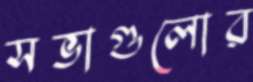
সভাগুলোর